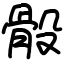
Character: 骰